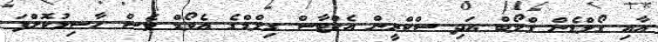
އާއި ގޯލްޑެން ގްލޯބް އަދި ސްކްރީން އެކްޓާސް ގިލްޑްގެ އެވޯޑް ވެސް ހާސިލުކޮށްފަ